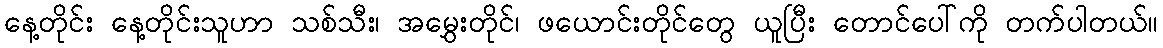
နေ့တိုင်း နေ့တိုင်းသူဟာ သစ်သီး၊ အမွှေးတိုင်၊ ဖယောင်းတိုင်တွေ ယူပြီး တောင်ပေါ်ကို တက်ပါတယ်။